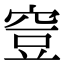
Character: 𥥷